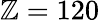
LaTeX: \mathbb{Z}=120